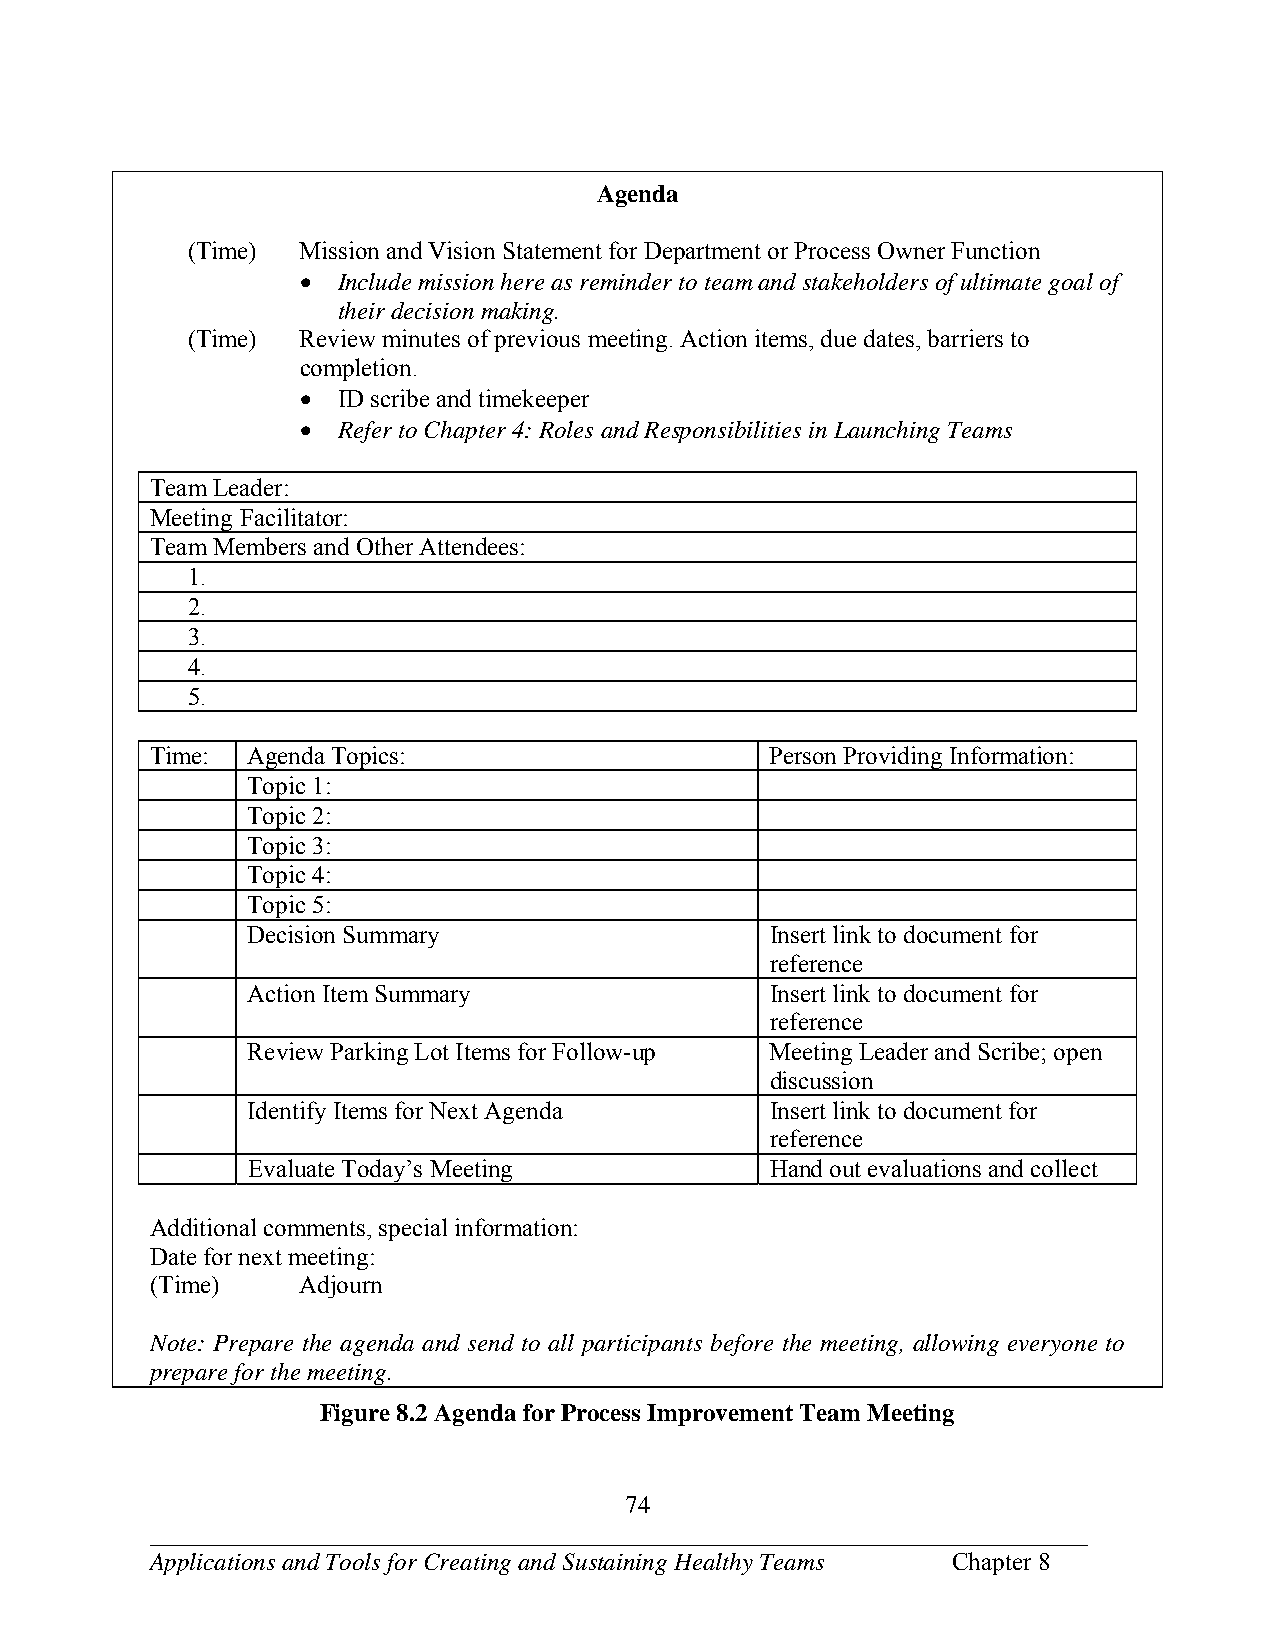
Agenda
 (Time)  Mission and Vision Statement for Department or Process Owner Function
  Include mission here as reminder to team and stakeholders of ultimate goal of
 their decision making.
 (Time)  Review minutes of previous meeting. Action items, due dates, barriers to
 completion.
  ID scribe and timekeeper
  Refer to Chapter 4: Roles and Responsibilities in Launching Teams
 Team Leader:
 Meeting Facilitator:
 Team Members and Other Attendees:
 1.
 2.
 3.
 4.
 5.
 Time: Agenda Topics:                     Person Providing Information:
 Topic 1:
 Topic 2:
 Topic 3:
 Topic 4:
 Topic 5:
 Decision Summary                   Insert link to document for
 reference
 Action Item Summary                Insert link to document for
 reference
 Review Parking Lot Items for Follow-up Meeting Leader and Scribe; open
 discussion
 Identify Items for Next Agenda     Insert link to document for
 reference
 Evaluate Today’s Meeting           Hand out evaluations and collect
 Additional comments, special information:
 Date for next meeting:
 (Time)    Adjourn
 Note: Prepare the agenda and send to all participants before the meeting, allowing everyone to
 prepare for the meeting.
 Figure 8.2 Agenda for Process Improvement Team Meeting
 74
 ___________________________________________________________________________
 Applications and Tools for Creating and Sustaining Healthy Teams Chapter 8